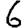
Digit: 6